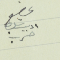
عضو اديب شليطا حرب